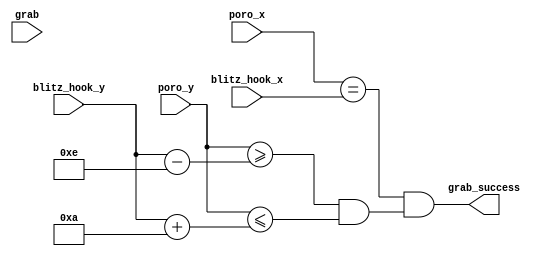
module grab_check(
	input grab,
	input [8:0] blitz_hook_x,
	input [7:0] blitz_hook_y,
	input [8:0] poro_x,
	input [7:0] poro_y,
	output grab_success
	);
	
	wire x_match, y_match;
	
	assign y_match = (poro_y >= blitz_hook_y - 9'd14) && (poro_y <= blitz_hook_y + 9'd10);
	assign x_match = poro_x == blitz_hook_x;
	
	assign grab_success = x_match && y_match;
endmodule